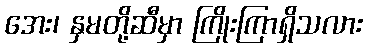
အေး၊ နှမတို့ဆီမှာ ကြိုးကြာရှိသလား